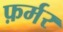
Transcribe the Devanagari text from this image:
फ़र्मर